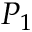
P _ { 1 }